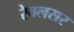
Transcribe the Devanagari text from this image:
रेवलसर